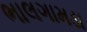
ભાલગામડા